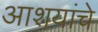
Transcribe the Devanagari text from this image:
आशयांचे